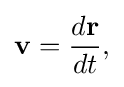
\mathbf {v} ={d\mathbf {r}  \over dt}{\text{,}}